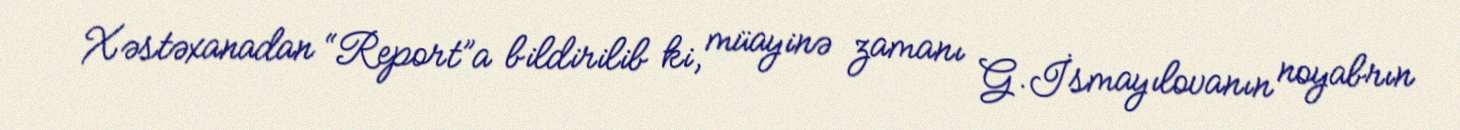
Xəstəxanadan “Report”a bildirilib ki, müayinə zamanı G.İsmayılovanın noyabrın